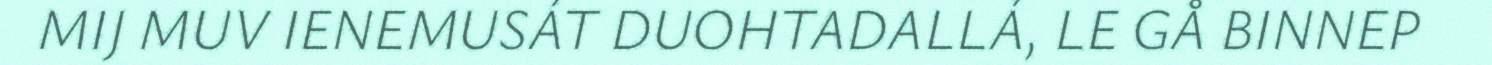
MIJ MUV IENEMUSÁT DUOHTADALLÁ, LE GÅ BINNEP